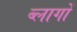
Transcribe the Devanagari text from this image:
ब्लागों